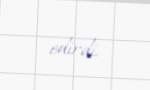
edirdi.